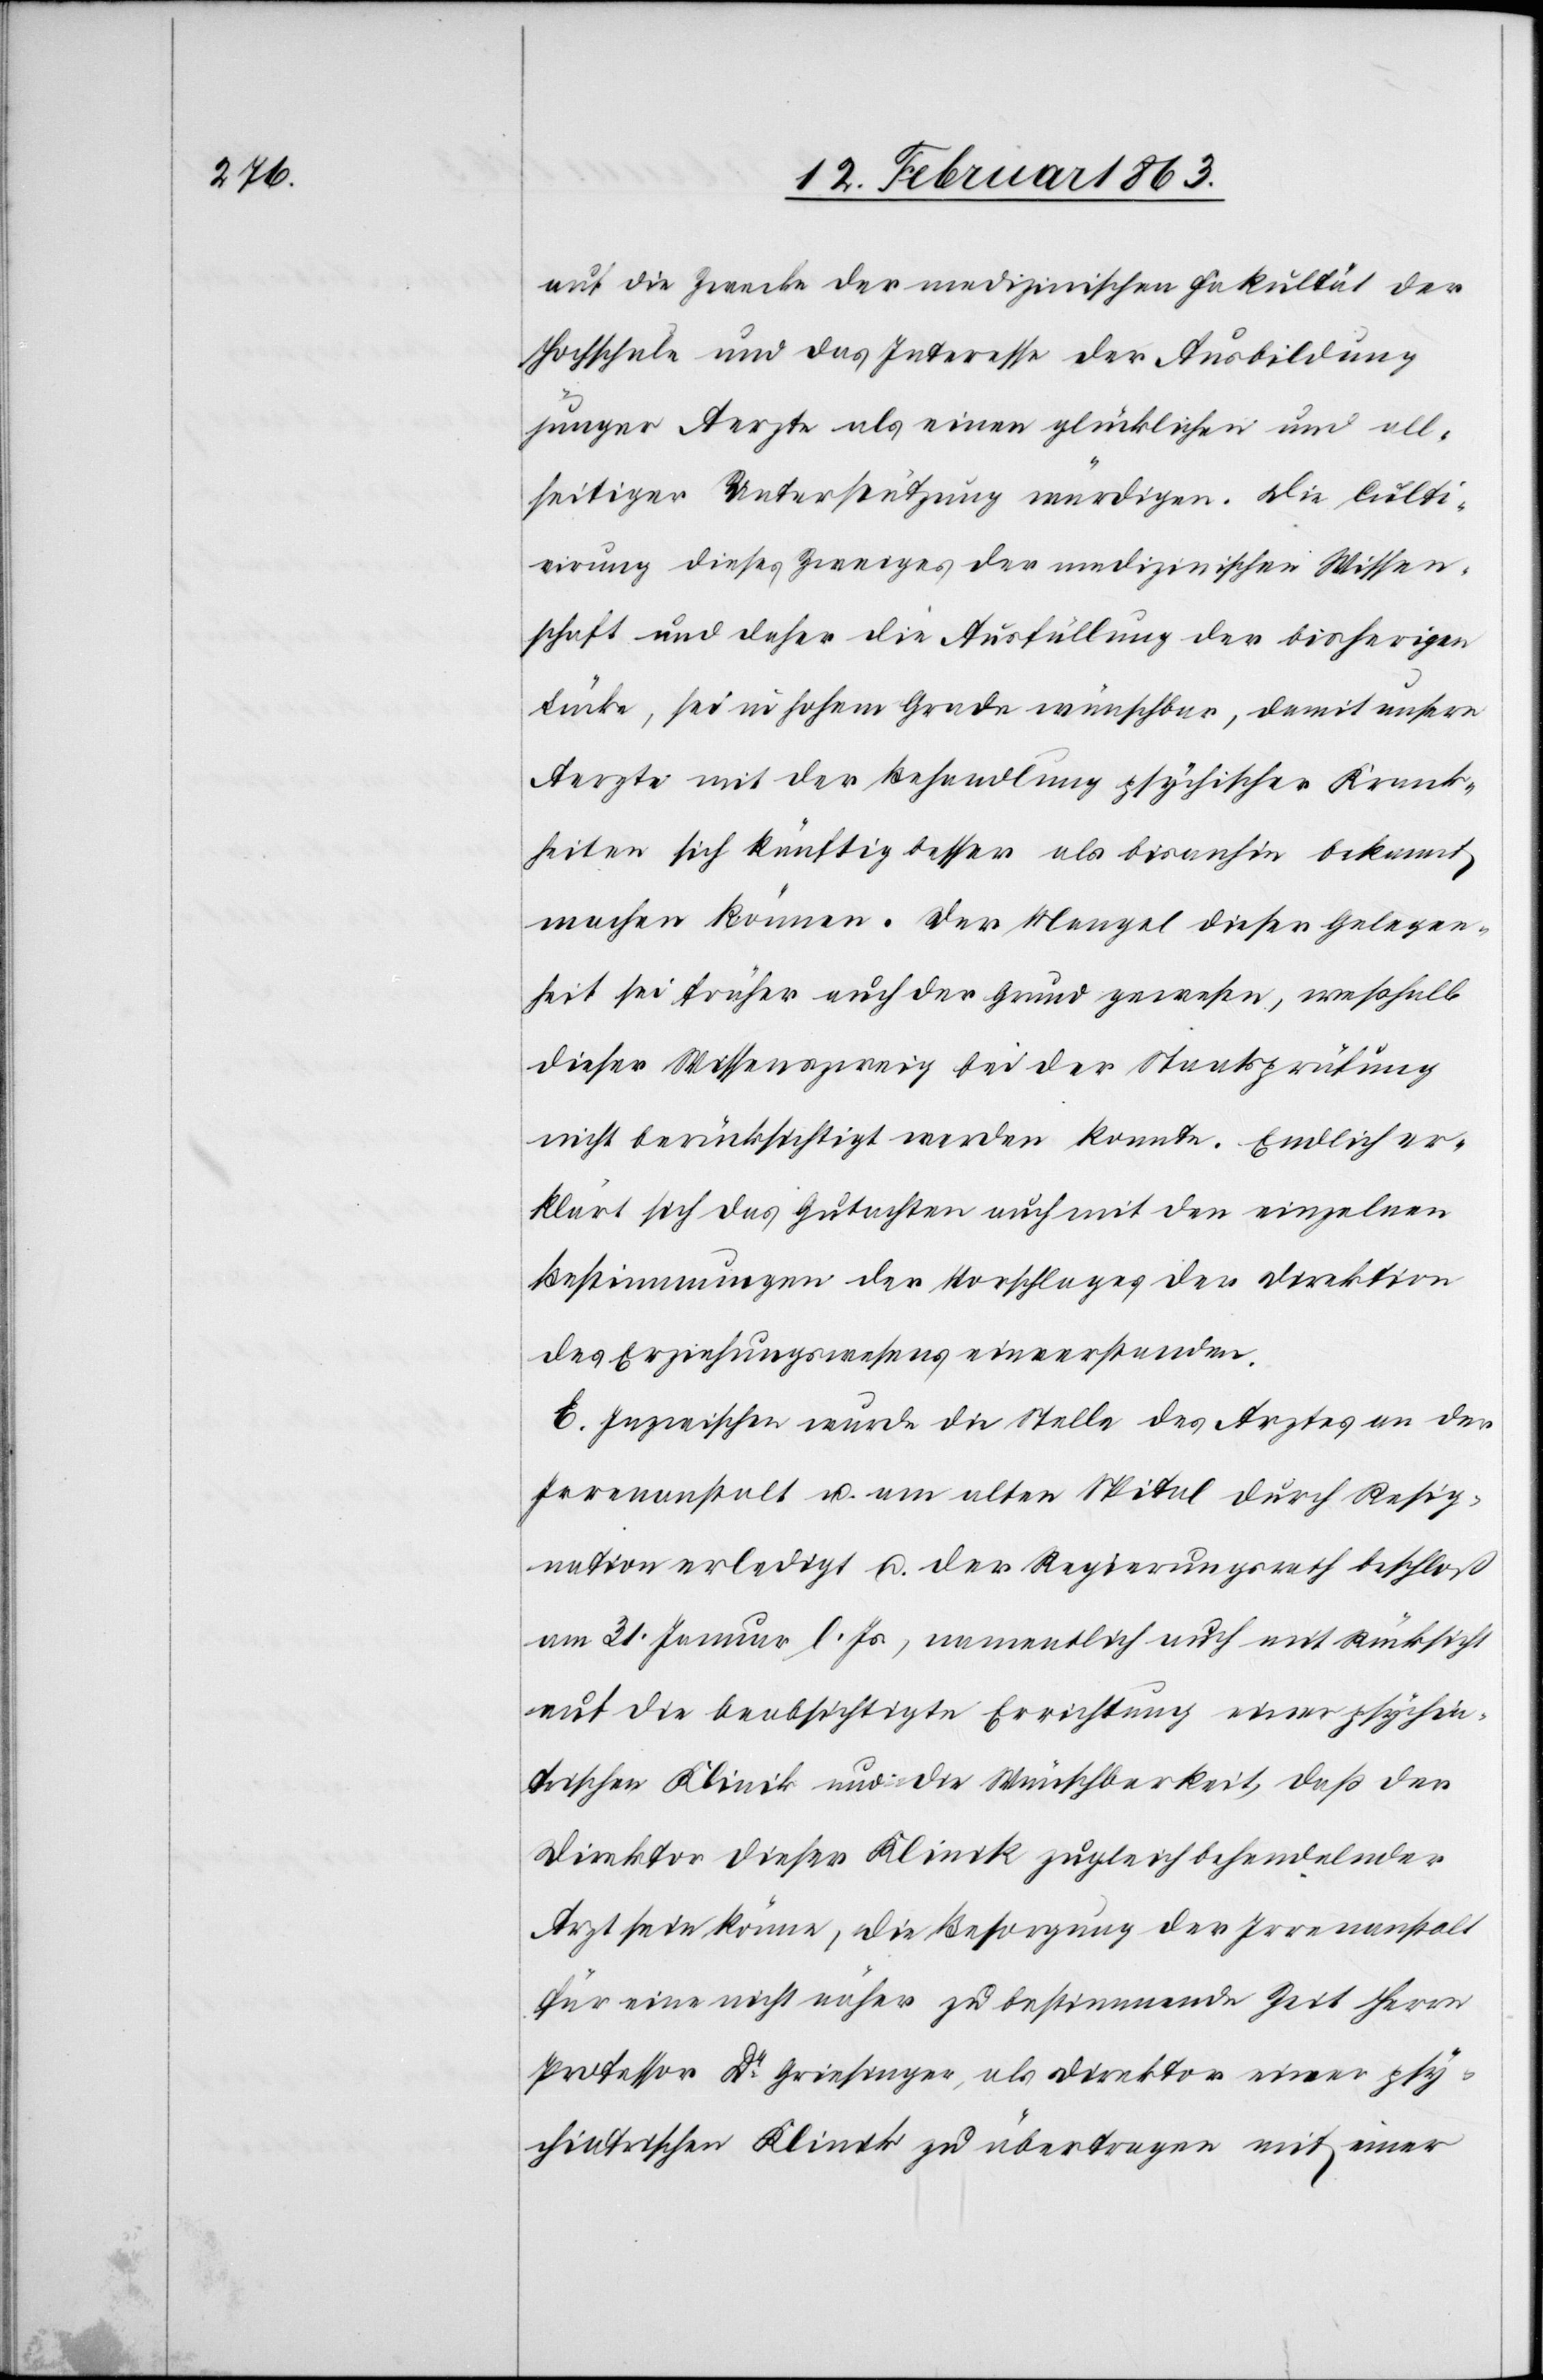
auf die Zwecke der medizinischen Fakultät der
Hochschule und das Interesse der Ausbildung
junger Aerzte als einen glücklichen und all¬
seitiger Unterstützung würdigen. Die Culti¬
virung dieses Zweiges der medizinischen Wissen¬
schaft und daher die Ausfüllung der bisherigen
Lücke, sei in hohem Grade wünschbar, damit unsere
Aerzte mit der Behandlung psychischer Krank¬
heiten sich künftig besser als bisanhin bekannt
machen können. Der Mangel dieser Gelegen¬
heit sei früher auch der Grund gewesen, weßhalb
dieser Wissenszweig bei der Staatsprüfung
nicht berücksichtigt werden konnte. Endlich erk¬
lärt sich das Gutachten auch mit den einzelnen
Bestimmungen der [sic!] Vorschlages der Direktion
des Erziehungswesens einverstanden.
E. Inzwischen wurde die Stelle des Arztes an der
Irrenanstalt u. am alten Spital durch Resig¬
nation erledigt u. der Regierungsrath beschloß
am 31. Jenner l. Js., namentlich auch mit Rücksicht
auf die beabsichtigte Errichtung einer psychia¬
trischen Klinik und die Wünschbarkeit, daß der
Direktor dieser Klinik zugleich behandelnder
Arzt sein könne, die Besorgung der Irrenanstalt
für eine nicht näher zu bestimmende Zeit Herrn
Professor Dr Griesinger, als Direktor einer psy¬
chiatrischen Klinik zu übertragen mit einer